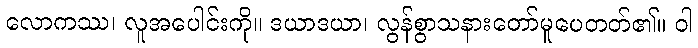
လောကဿ၊ လူအပေါင်းကို။ ဒယာဒယာ၊ လွန်စွာသနားတော်မူပေတတ်၏။ ဝါ